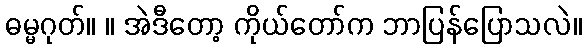
ဓမ္မဂုတ်။ ။ အဲဒီတော့ ကိုယ်တော်က ဘာပြန်ပြောသလဲ။